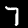
Digit: 7